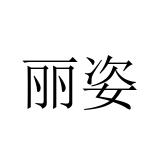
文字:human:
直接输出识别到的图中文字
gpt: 丽姿